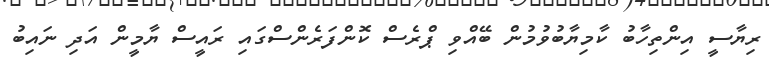
ރިޔާސީ އިންތިހާބު ކާމިޔާބުވުމުން ބޭއްވި ޕްރެސް ކޮންފަރެންސްގައި ރައީސް ޔާމީން އަދި ނައިބު